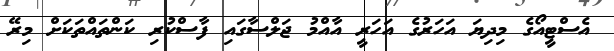
އެސްޓީއޯގެ މިދިޔަ އަހަރުގެ އަހަރީ އާއްމު ޖަލްސާގައި ފާސްކުރި ކަންތައްތަކަށް މިރޭ